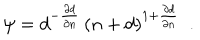
\psi = \displaystyle { d ^ { - \frac { \partial d } { \partial n } } \, ( n + d ) ^ { 1 + \frac { \partial d } { \partial n } } } \ \ .